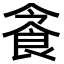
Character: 𩚜